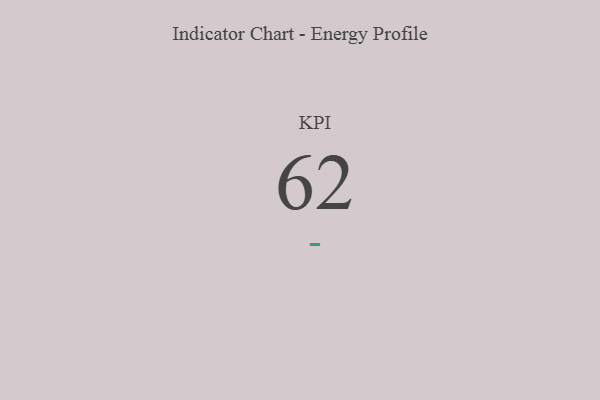
{"axis": {"x": "KPI", "y": "Value"}, "legend": [""], "data": [{"x": "KPI", "y": 62, "type": ""}]}